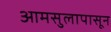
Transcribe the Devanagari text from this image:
आमसुलापासून